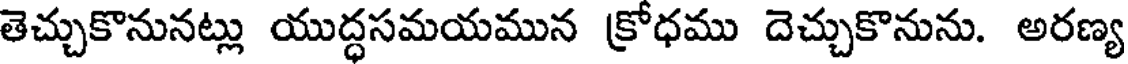
తెచ్చుకొనునట్లు యుద్ధసమయమున క్రోధము దెచ్చుకొనును. అరణ్య